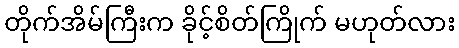
တိုက်အိမ်ကြီးက ခိုင့်စိတ်ကြိုက် မဟုတ်လား